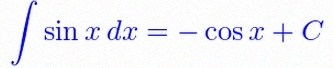
\int \sin x\,dx=-\cos x+C